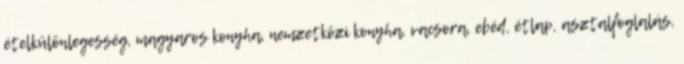
ételkülönlegesség, magyaros konyha, nemzetközi konyha, vacsora, ebéd, étlap, asztalfoglalás,